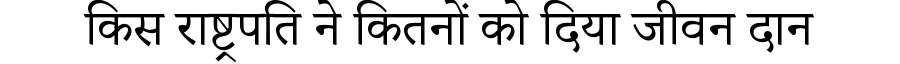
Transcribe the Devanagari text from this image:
किस राष्ट्रपति ने कितनों को दिया जीवन दान